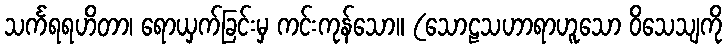
သင်္ကရရဟိတာ၊ ရောယှက်ခြင်းမှ ကင်းကုန်သော။ (သောဠသဟာရာဟူသော ဝိသေသျကို